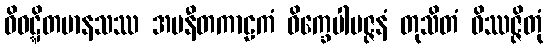
ဝိဝဋ္ဋိတမာနသဿ အပနီတကာဠကံ ဝိက္ခေပါပဇ္ဇနံ တုသိတံ ဝိဿဇ္ဇိတုံ